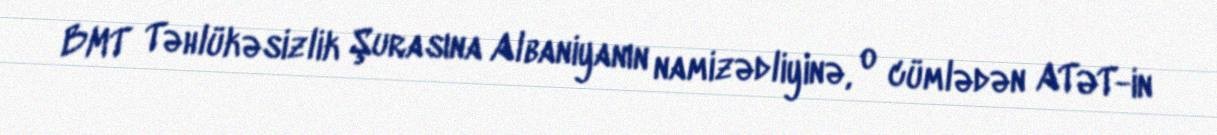
BMT Təhlükəsizlik Şurasına Albaniyanın namizədliyinə, o cümlədən ATƏT-in